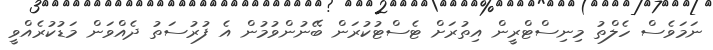
ނަމަވެސް ހެލްތު މިނިސްޓްރީން އިތުރަށް ޓެސްޓުކުރަން ބޭނުންވުމުން އެ ފުރުސަތު ދެއްވަން މަޑުކުރެއްވީ